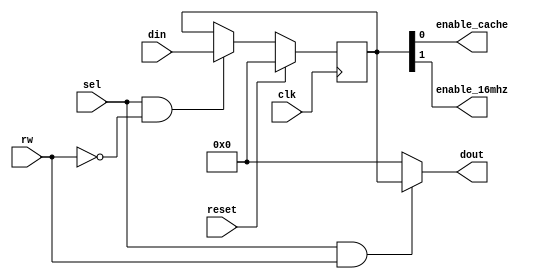
module mste_ctrl (
	// cpu register interface
	input        clk,
	input        reset,
	input [7:0]  din,
	input        sel,
	input        rw,
	output reg [7:0] dout,

	output enable_cache,
	output enable_16mhz
);

assign enable_16mhz = mste_config[1];
assign enable_cache = mste_config[0];

reg [7:0] mste_config;

always @(sel, rw, mste_config) begin
	dout = 8'd0;
	if(sel && rw)
		dout = mste_config;
end

always @(posedge clk) begin
	if(reset)
		mste_config <= 8'h00;
	else begin
		if(sel && ~rw)
			mste_config <= din;
	end
end

endmodule